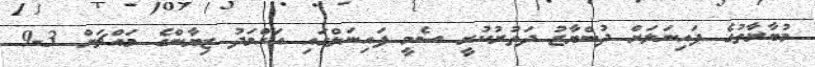
މުބާރާތުގެ ފައިނަލަށް ދުންޔާޒު ދަތުރުކުރީ ސެމީ ފައިނަލްގައި އަހްމަދު ޒިޔާންގެ މައްޗަށް 3-9